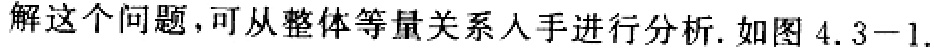
解这个问题,可从整体等量关系入手进行分析.如图 \(4.3 - 1\).